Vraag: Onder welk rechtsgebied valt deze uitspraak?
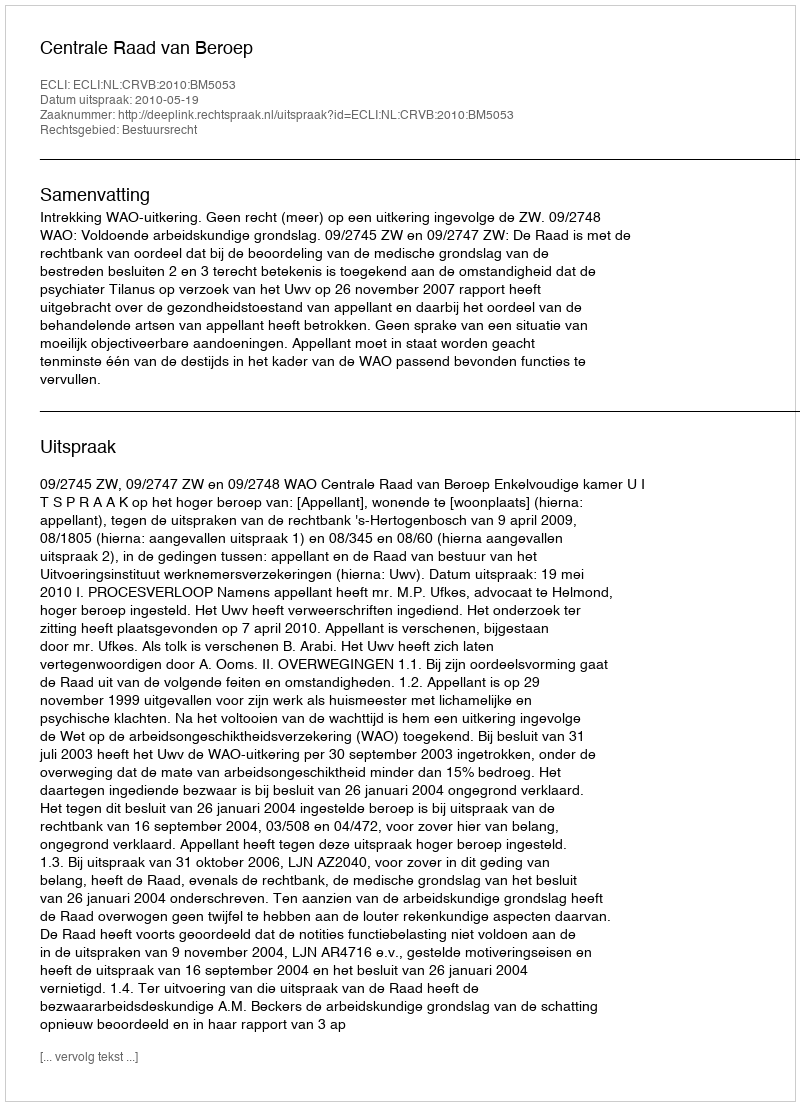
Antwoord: Bestuursrecht